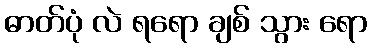
ဓာတ်ပုံ လဲ ရရော ချစ် သွား ရော